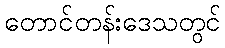
တောင်တန်းဒေသတွင်